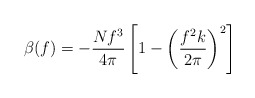
\begin{align*}\beta(f)= -{Nf^{3}\over4\pi}\left[1-\left({{f^{2}k}\over{2\pi}}\right)^{2}\right]\end{align*}